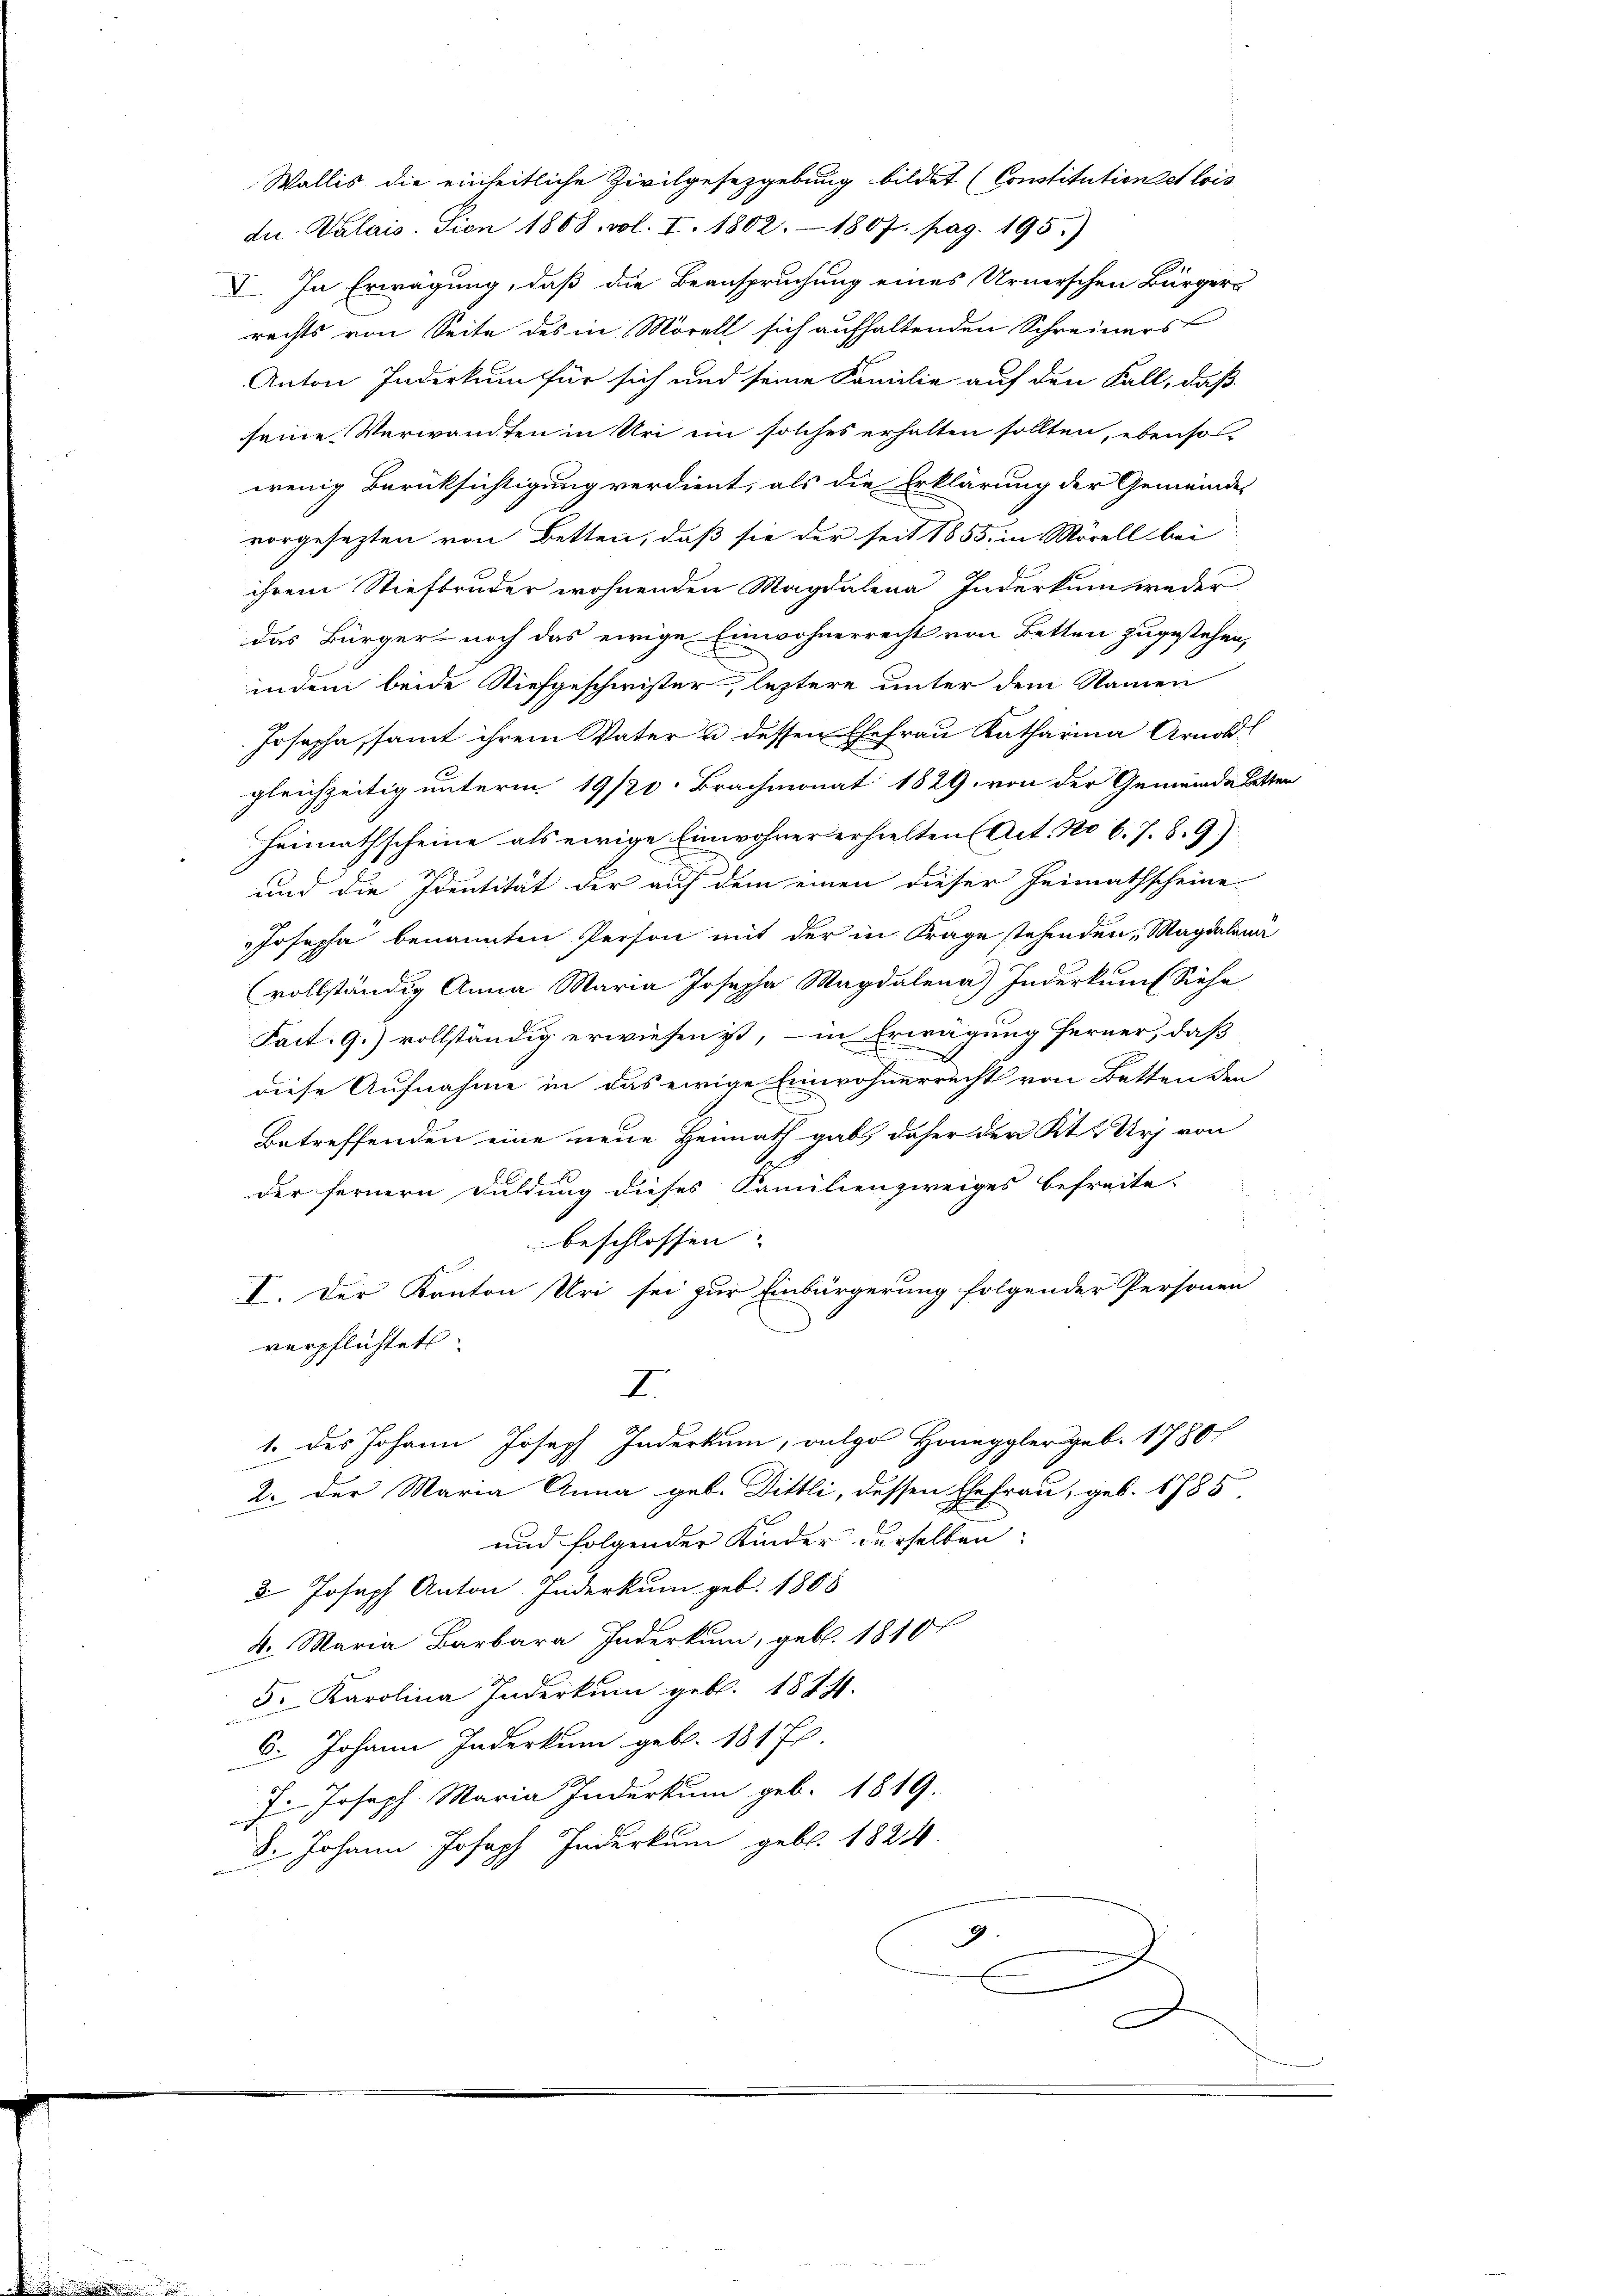
Wallis die einheitliche Zivilgesetzgebung bildet (Constitution et lois
die Valais. Sien 1868. vol. I. 1802. 1807. pag. 195.)
I. In Erwägung, daß die Beanspruchung eines Urnerschen Bürger-
rechts von Seite des in Morell sich aufhaltenden Schreiners
Anton Inderkum für sich und seine Familie auf den Fall, daß
seine Verwandten in Uri ein solches erhalten sollten, ebenso-
wenig Berücksichtigung verdient, als die Erklärung der Gemeindes
vorgesezten von Betten, daß sie der seit 1855 in Mörell bei
ihrem Stiefbruder wohnenden Magdalena Inderkum weder
das Bürger noch das ewige Einwohnerrecht von Betten zugestehen,
indem beide Stiefgeschwister, leztere unter dem Namen
Josepha, samt ihrem Vater u dessen Ehefrau Katharina Arnold
gleichzeitig unterm 19/20. Brachmonat 1829. von der Gemeinde hatten
Heimathscheine als einige Einwohner erhielten Act. No 6. 7. 8. 9)
und die Identität der auf dem einen dieser Heimathscheine-
Josepha benannten Person mit der in Frage stehenden, Magdalena
(vollständig Anna Maria Josepha Magdalena) Inderkums Siehe
Fact: 9.) vollständig erwiesen ist, – in Erwägung ferner, daß
diese Aufnahme in das ewige Einwohnerrecht von Betten den
Betreffenden eine neue Heimath gab, daher der Kt. Uri von
der fernern Duldung dieses Familienzweiges befreite.
beschlossen:
I. Der Kanton Uri sei zur Einbürgerung folgender Personen
verpflichtet.
I.
1. des Johann Joseph Inderkum, vulgo Honeggler geb. 1780
2. Der Maria Anna geb. Dittli, dessen Ehefrau, geb. 1785.
und folgender Kinder derselben:
3 Joseph Anton Inderkum geb. 1808
4. Maria Barbara Inderkum, geb. 1810
5. Karolina Inderkum geb. 1874.
6. Johann Inderkum geb. 181 f.
J. Joseph Maria Indurkum geb. 1819.
8. Johann Joseph Inderkum geb. 1824.
9
C
n